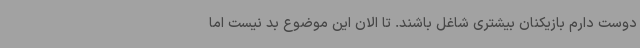
دوست دارم بازیکنان بیشتری شاغل باشند. تا الان این موضوع بد نیست اما